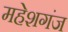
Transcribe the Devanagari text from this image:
महेशगंज